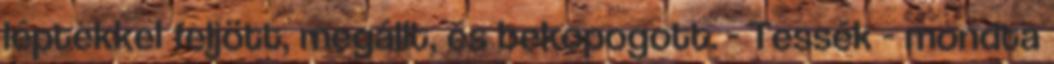
léptekkel feljött, megállt, és bekopogott. - Tessék - mondta